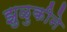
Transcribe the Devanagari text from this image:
झुळुकीने